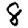
Digit: 8